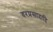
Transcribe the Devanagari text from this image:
वरप्रसादादि